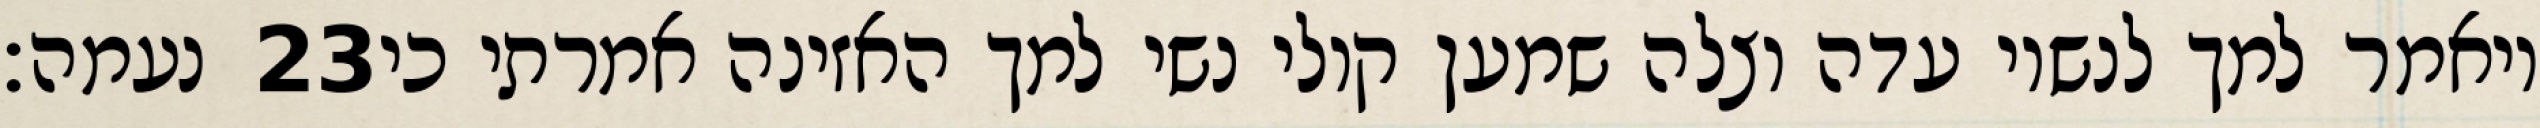
נעמה׃ ‎23‏ ויאמר למך לנשיו עדה וצלה שמען קולי נשי למך האזינה אמרתי כי